Elephants and their diseases
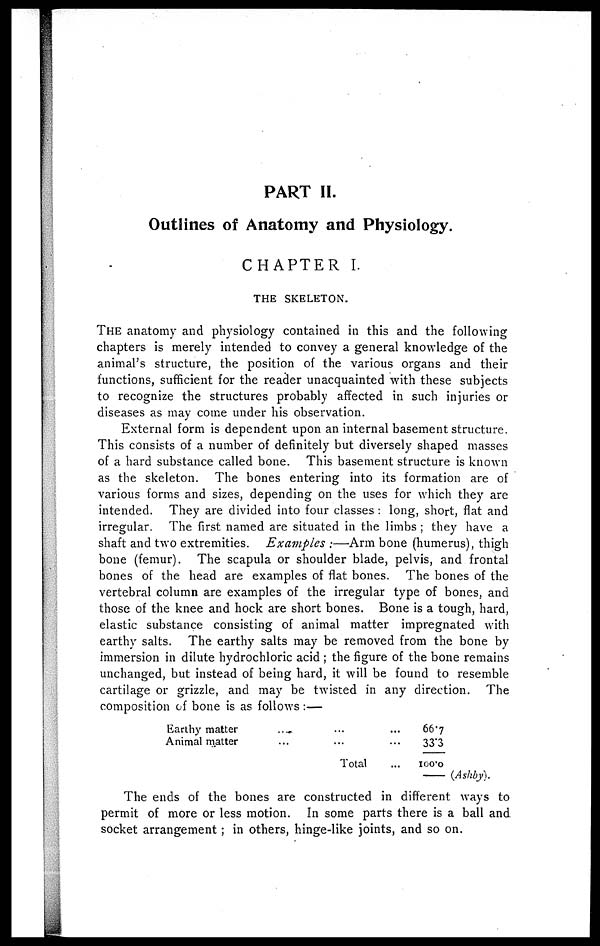
PART II.
Outlines of Anatomy and Physiology.
CHAPTER I.
THE SKELETON.
THE anatomy and physiology contained in this and the following
chapters is merely intended to convey a general knowledge of the
animal's structure, the position of the various organs and their
functions, sufficient for the reader unacquainted with these subjects
to recognize the structures probably affected in such injuries or
diseases as may come under his observation.
External form is dependent upon an internal basement structure.
This consists of a number of definitely but diversely shaped masses
of a hard substance called bone. This basement structure is known
as the skeleton. The bones entering into its formation are of
various forms and sizes, depending on the uses for which they are
intended. They are divided into four classes : long, short, flat and
irregular. The first named are situated in the limbs ; they have a
shaft and two extremities. Examples :—Arm bone (humerus), thigh
bone (femur). The scapula or shoulder blade, pelvis, and frontal
bones of the head are examples of flat bones. The bones of the
vertebral column are examples of the irregular type of bones, and
those of the knee and hock are short bones. Bone is a tough, hard,
elastic substance consisting of animal matter impregnated with
earthy salts. The earthy salts may be removed from the bone by
immersion in dilute hydrochloric acid ; the figure of the bone remains
unchanged, but instead of being hard, it will be found to resemble
cartilage or grizzle, and may be twisted in any direction. The
composition of bone is as follows :—
Earthy matter
Animal matter
...
...
Total
66.7
33.3
100.0
— (Ashby).
The ends of the bones are constructed in different ways to
permit of more or less motion. In some parts there is a ball and
socket arrangement ; in others, hinge-like joints, and so on.